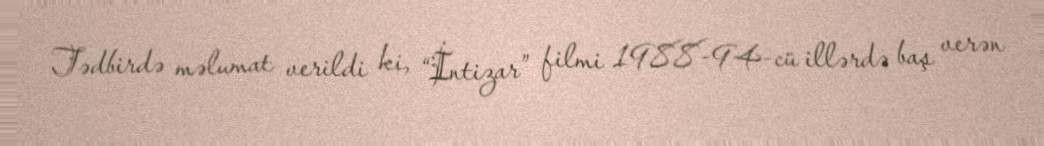
Tədbirdə məlumat verildi ki, “İntizar” filmi 1988-94-cü illərdə baş verən